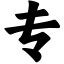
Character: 专